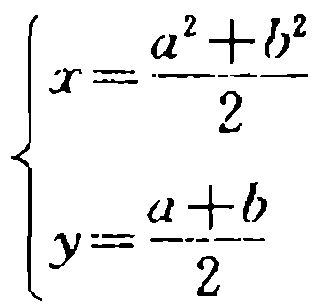
\[\begin{cases}

x = \frac{a^{2}+b^{2}}{2}\\

y = \frac{a + b}{2}

\end{cases}\]